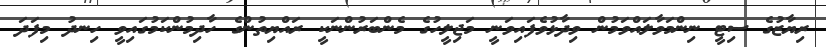
ރިޔާޒުގެ ސިޓީ ނިންމަވާލައްވަމުން ވިދާޅުވެފައިވަނީ މަޖިލީހުގެ މެންބަރުންނަކީ ރައްޔިތުންގެ ހާދިމުންކަމުގައިވީ ހިނދު މިފަދަ